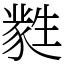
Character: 㽔